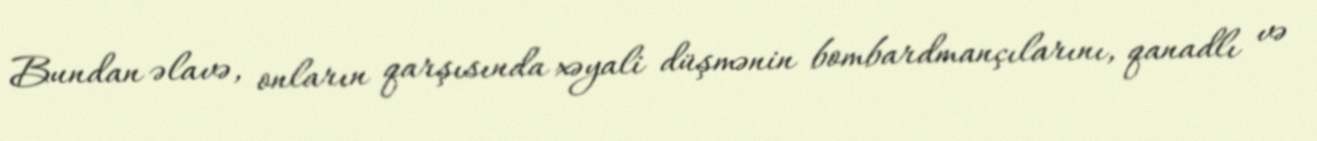
Bundan əlavə, onların qarşısında xəyali düşmənin bombardmançılarını, qanadlı və